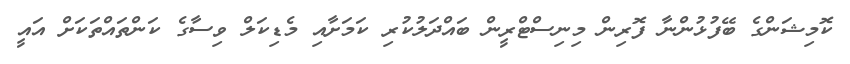
ކޮމިޝަންގެ ބޭފުޅުންނާ ފޮރިން މިނިސްޓްރީން ބައްދަލުކުރި ކަމަށާއި މެޑިކަލް ވިސާގެ ކަންތައްތަކަށް އައީ